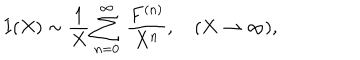
I ( X ) \sim \frac { 1 } { X } \sum _ { n = 0 } ^ { \infty } \, \frac { F ^ { ( n ) } } { X ^ { n } } , \quad ( X \to \infty ) ,